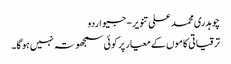
چوہدری محمد علی تنویر - جیو اردو
ترقیاتی کاموں کے معیار پر کوئی سمجھوتہ نہیں ہو گا۔